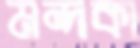
মন্দকা